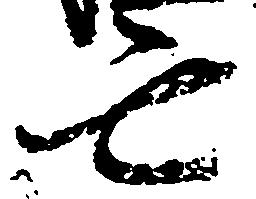
亡